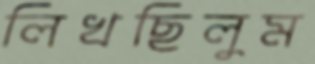
লিখছিলুম